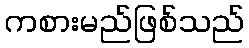
ကစားမည်ဖြစ်သည်